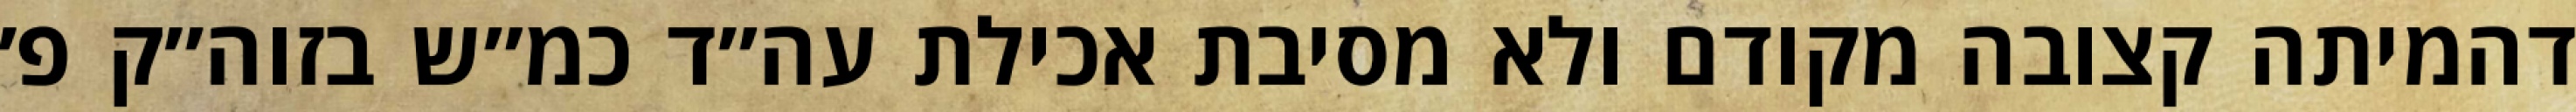
דהמיתה קצובה מקודם ולא מסיבת אכילת עה״ד כמ״ש בזוה״ק פ׳